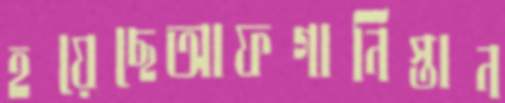
হয়েছেআফগানিস্তান